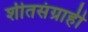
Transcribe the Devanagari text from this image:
शीतसंग्राही